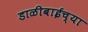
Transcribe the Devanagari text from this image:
डाळीबाईच्या